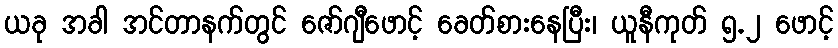
ယခု အခါ အင်တာနက်တွင် ဇော်ဂျီဖောင့် ခေတ်စားနေပြီး၊ ယူနီကုတ် ၅.၂ ဖောင့်